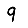
Digit: 9